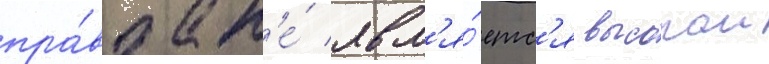
пра́вда н'е́ явл'я́етс'я высокои